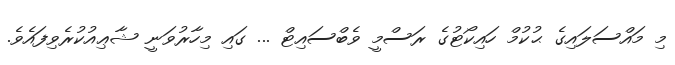
މި މައްސަލައިގެ ޙުކުމް ހައިކޯޓުގެ ރަސްމީ ވެބްސައިޓް ... ގައި މިހާރުވަނީ ޝާޢިއުކުރެވިފައެވެ.